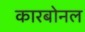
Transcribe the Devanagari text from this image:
कारबोनल